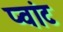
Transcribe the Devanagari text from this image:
प्वांट